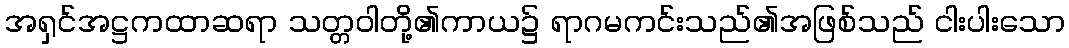
အရှင်အဋ္ဌကထာဆရာ သတ္တဝါတို့၏ကာယ၌ ရာဂမကင်းသည်၏အဖြစ်သည် ငါးပါးသော